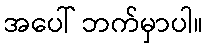
အပေါ် ဘက်မှာပါ။